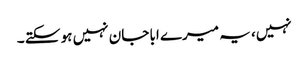
نہیں، یہ میرے ابا جان نہیں ہو سکتے ۔